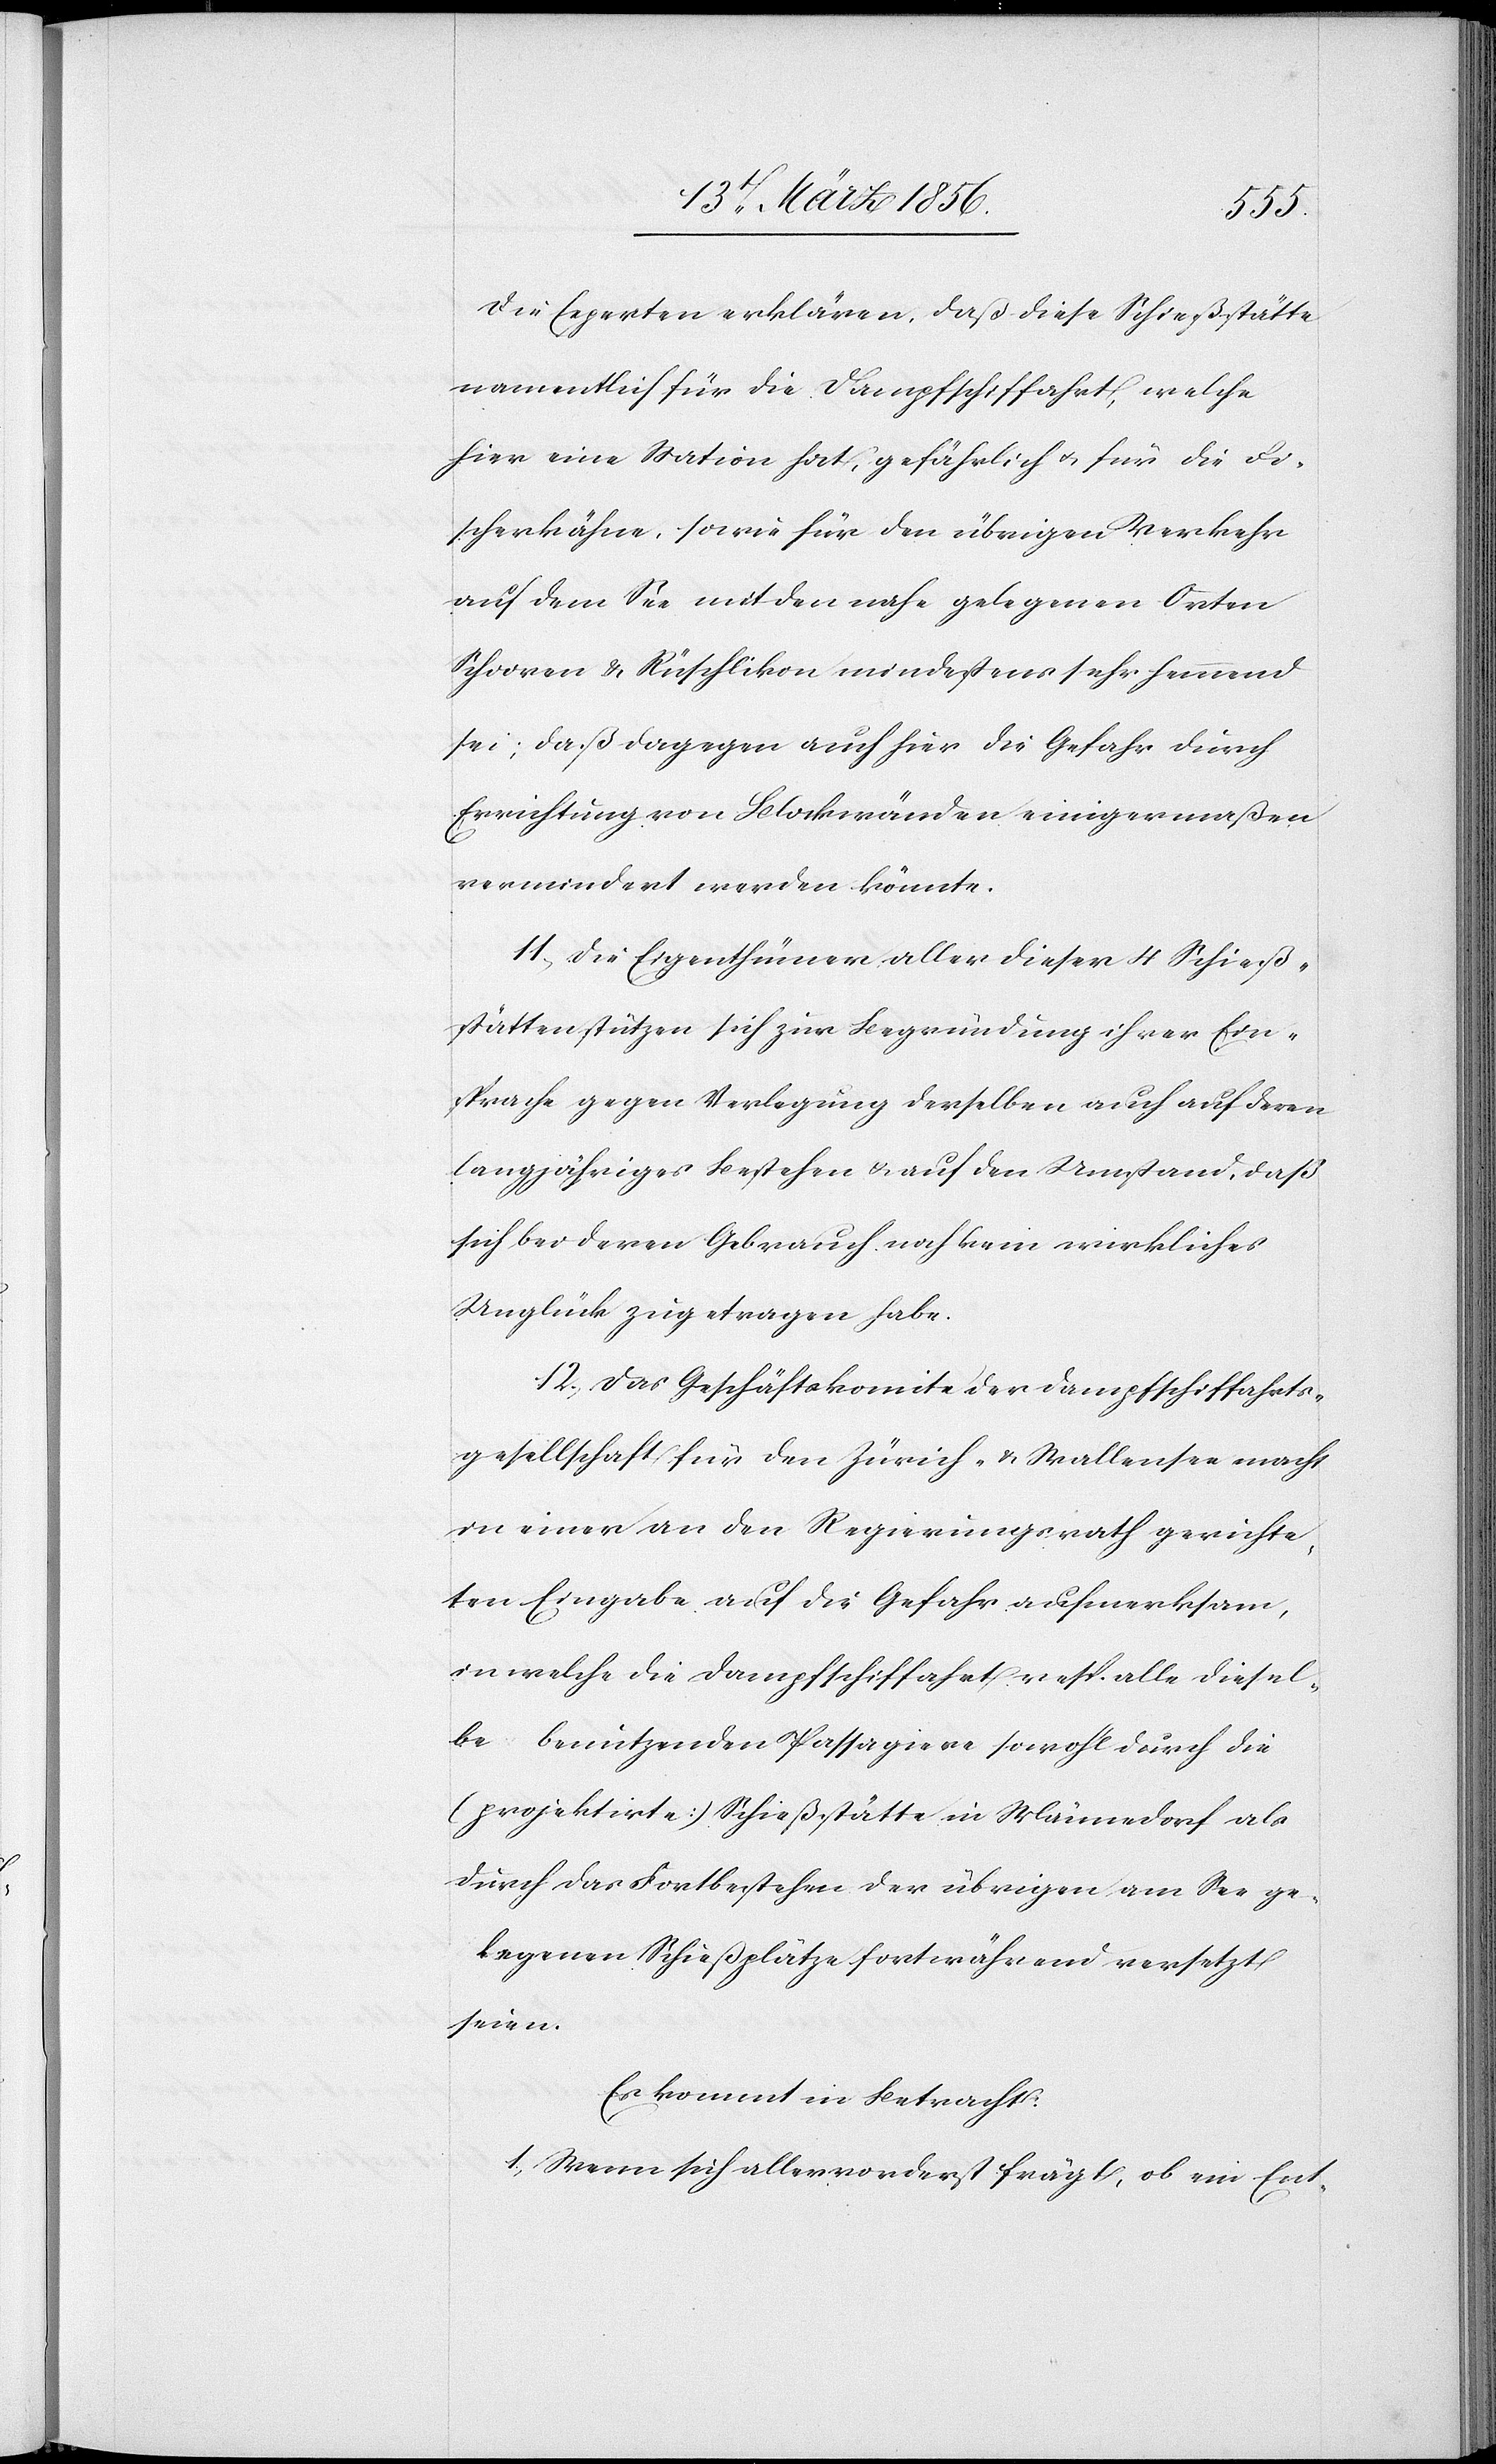
Die Experten erklären, daß diese Schießstätte
namentlich für die Dampfschiffahrt, welche
hier eine Station hat, gefährlich u. für die Fi¬
scherfähre, sowie für den übrigen Verkehr
auf dem See mit den nahe gelegenen Orten
Schooren & Rüschlikon mindestens sehr hemmend
sei; daß dagegen auch hier die Gefahr durch
Errichtung von Blockwänden einigermaßen
vermindert werden könnte.
11., Die Eigenthümer aller dieser 4 Schieß¬
stätten stützen sich zur Begründung ihrer Ein¬
sprache gegen Verlegung derselben auch auf deren
langjähriges Bestehen & auf den Umstand, daß
sich bei deren Gebrauch noch kein wirkliches
Unglück zugetragen habe.
12., Das Geschäftskomité der Dampfschiffahrts¬
gesellschaft für den Zürich- & Wallensee macht
in einer an den Regierungsrath gerichte¬
ten Eingabe auf die Gefahr aufmerksam,
in welche die Dampfschiffahrt resp. alle diesel¬
be benutzenden Passagiere sowohl durch die
(projektirte) Schießstätte in Männedorf als
durch das Fortbestehen der übrigen am See ge¬
legenen Schießplätze fortwährend versetzt
seien.
Es kommt in Betracht:
1., Wenn sich allervorderst frägt, ob ein Ent-